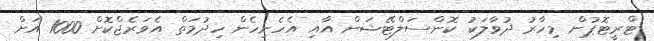
ޓްރީޓޮޕުން މިހާރު ދުވާލަކު ކޮންސަލްޓޭޝަން އާއި އެހެނިހެން ހިދުމަތް އެވަރެޖްކޮށް 1000 އަށް